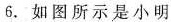
6.如图所示是小明